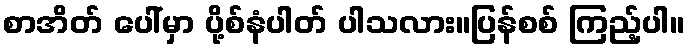
စာအိတ် ပေါ်မှာ ပို့စ်နံပါတ် ပါသလား။ပြန်စစ် ကြည့်ပါ။